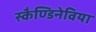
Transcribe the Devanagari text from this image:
स्कैण्डिनेविया